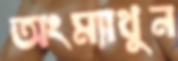
অংম্যাথুন